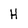
Character: H